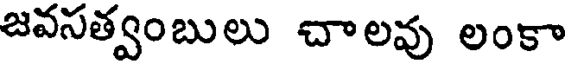
జవసత్వంబులు చాలవు లంకా